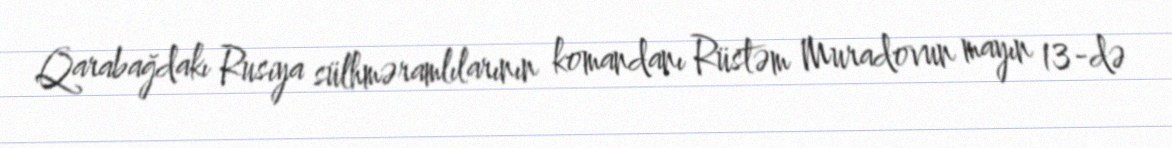
Qarabağdakı Rusiya sülhməramlılarının komandanı Rüstəm Muradovun mayın 13-də